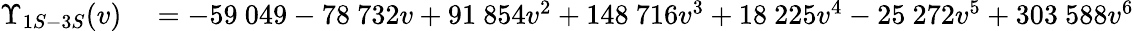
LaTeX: \begin{array}{rl}{\Upsilon_{1S-3S}(v)}&{{}=-59~049-78~732v+91~854v^{2}+148~716v^{3}+18~225v^{4}-25~272v^{5}+303~588v^{6}}\end{array}